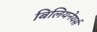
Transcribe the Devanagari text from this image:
बिलियनेयर्स